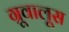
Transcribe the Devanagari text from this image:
ग्रूवालूस